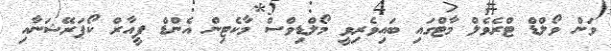
ވަން ވޯލްޑް ޓްރެވެލް މާޓްގައި ބައިވެރިވީ މޯލްޑިވްސް މާކެޓިން އެންޑް ޕީއާރް ކޯޕަރޭޝަނާއި